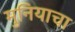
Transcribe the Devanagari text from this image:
मुनियाचा